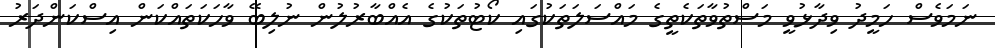
ނަމަވެސް ހަމީދު ވިދާޅުވީ މަސްތުވާތަކެތީގެ މައްސަލަތަކުގައި ކޯޓުތަކުގެ އެއްބާރުލުން ނުލިބޭ ވާހަކަތައްކަން އިސްކަންދަރު